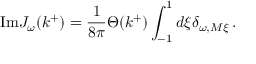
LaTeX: \mathrm { I m } J _ { \omega } ( k ^ { + } ) = \frac { 1 } { 8 \pi } \Theta ( k ^ { + } ) \int _ { - 1 } ^ { 1 } d \xi \delta _ { \omega , M \xi } \, .